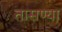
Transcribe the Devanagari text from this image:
तासण्या